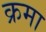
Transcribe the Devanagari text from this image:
क्रमा